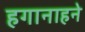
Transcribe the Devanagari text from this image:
हगानाहने